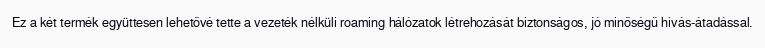
Ez a két termék együttesen lehetővé tette a vezeték nélküli roaming hálózatok létrehozását biztonságos, jó minőségű hívás-átadással.